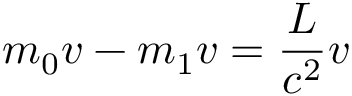
m _ { 0 } v - m _ { 1 } v = \frac { L } { c ^ { 2 } } v